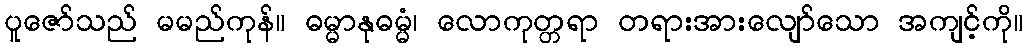
ပူဇော်သည် မမည်ကုန်။ ဓမ္မာနုဓမ္မံ၊ လောကုတ္တရာ တရားအားလျော်သော အကျင့်ကို။